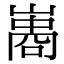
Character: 𠻭